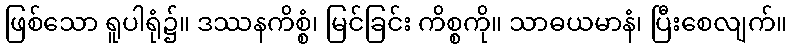
ဖြစ်သော ရူပါရုံ၌။ ဒဿနကိစ္စံ၊ မြင်ခြင်း ကိစ္စကို။ သာဓယမာနံ၊ ပြီးစေလျက်။